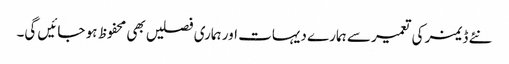
نئے ڈیمز کی تعمیر سے ہمارے دیہات اور ہماری فصلیں بھی محفوظ ہو جائیں گی۔